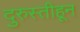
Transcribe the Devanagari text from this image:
दुरुस्तीहून